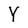
Character: Y